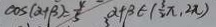
\cos ( \alpha + \beta ) = \frac { 4 } { 5 } \alpha + \beta \in ( \frac { 3 } { 2 } \pi , 2 \pi )